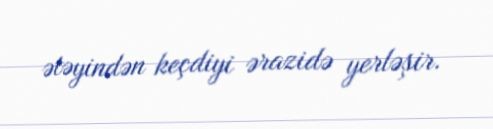
ətəyindən keçdiyi ərazidə yerləşir.